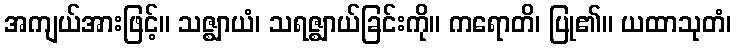
အကျယ်အားဖြင့်။ သဇ္ဈာယံ၊ သရဇ္ဈာယ်ခြင်းကို။ ကရောတိ၊ ပြု၏။ ယထာသုတံ၊